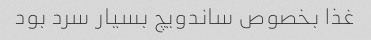
غذا بخصوص ساندویچ بسیار سرد بود